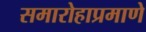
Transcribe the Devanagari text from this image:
समारोहाप्रमाणे